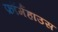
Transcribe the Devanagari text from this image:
फ़ॉर्महाउस